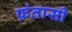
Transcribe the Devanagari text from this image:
फ़ंतासी